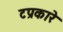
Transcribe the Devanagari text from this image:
टप्रकारे